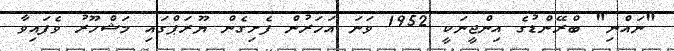
"ނައްނި" ބްރޭންޑުގެ އިންޖީނަކީ 1952 ވަނަ އަހަރުން ފެށިގެން ޔޫރަޕްގައި މަޝްހޫރު ވެފައިވާ